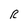
Character: R